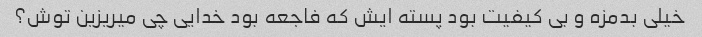
خیلی بدمزه و بی کیفیت بود پسته ایش که فاجعه بود خدایی چی میریزین توش؟